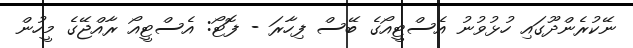
ނޭކުރެންދޫގައި ހުޅުވުނު އެސްޓީއޯގެ ބޭސް ފިހާރަ - ފޮޓޯ: އެސްޓީއޯ ރާއްޖޭގެ މީހުން